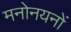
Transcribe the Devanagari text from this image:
मनोनयनों